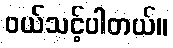
၀ယ်သင့်ပါတယ်။